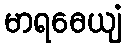
မာရဓေယျံ